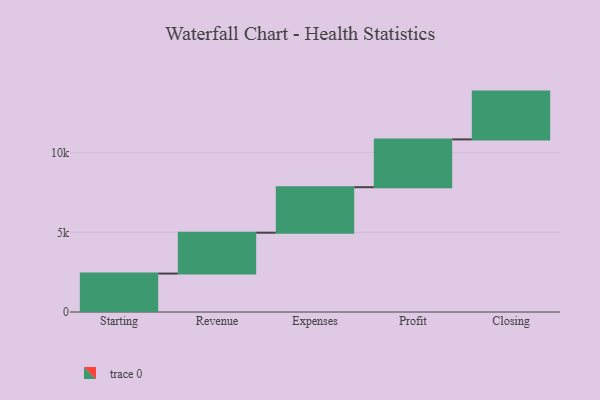
{"axis": {"x": "Step", "y": "Value"}, "legend": [""], "data": [{"x": "Starting", "y": 2412.0, "type": ""}, {"x": "Revenue", "y": 2566.0, "type": ""}, {"x": "Expenses", "y": 2855.0, "type": ""}, {"x": "Profit", "y": 3000, "type": ""}, {"x": "Closing", "y": 3000, "type": ""}]}